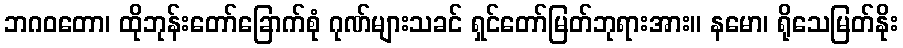
ဘဂဝတော၊ ထိုဘုန်းတော်ခြောက်စုံ ဂုဏ်များသခင် ရှင်တော်မြတ်ဘုရားအား။ နမော၊ ရိုသေမြတ်နိုး